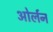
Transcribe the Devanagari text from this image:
ओर्लन